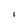
Character: I